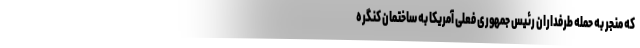
که منجر به حمله طرفداران رئیس جمهوری فعلی آمریکا به ساختمان کنگره